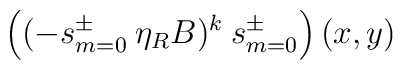
\left((-s^\pm_{m=0} \:\eta_R B)^k \:s^\pm_{m=0} \right)(x,y)